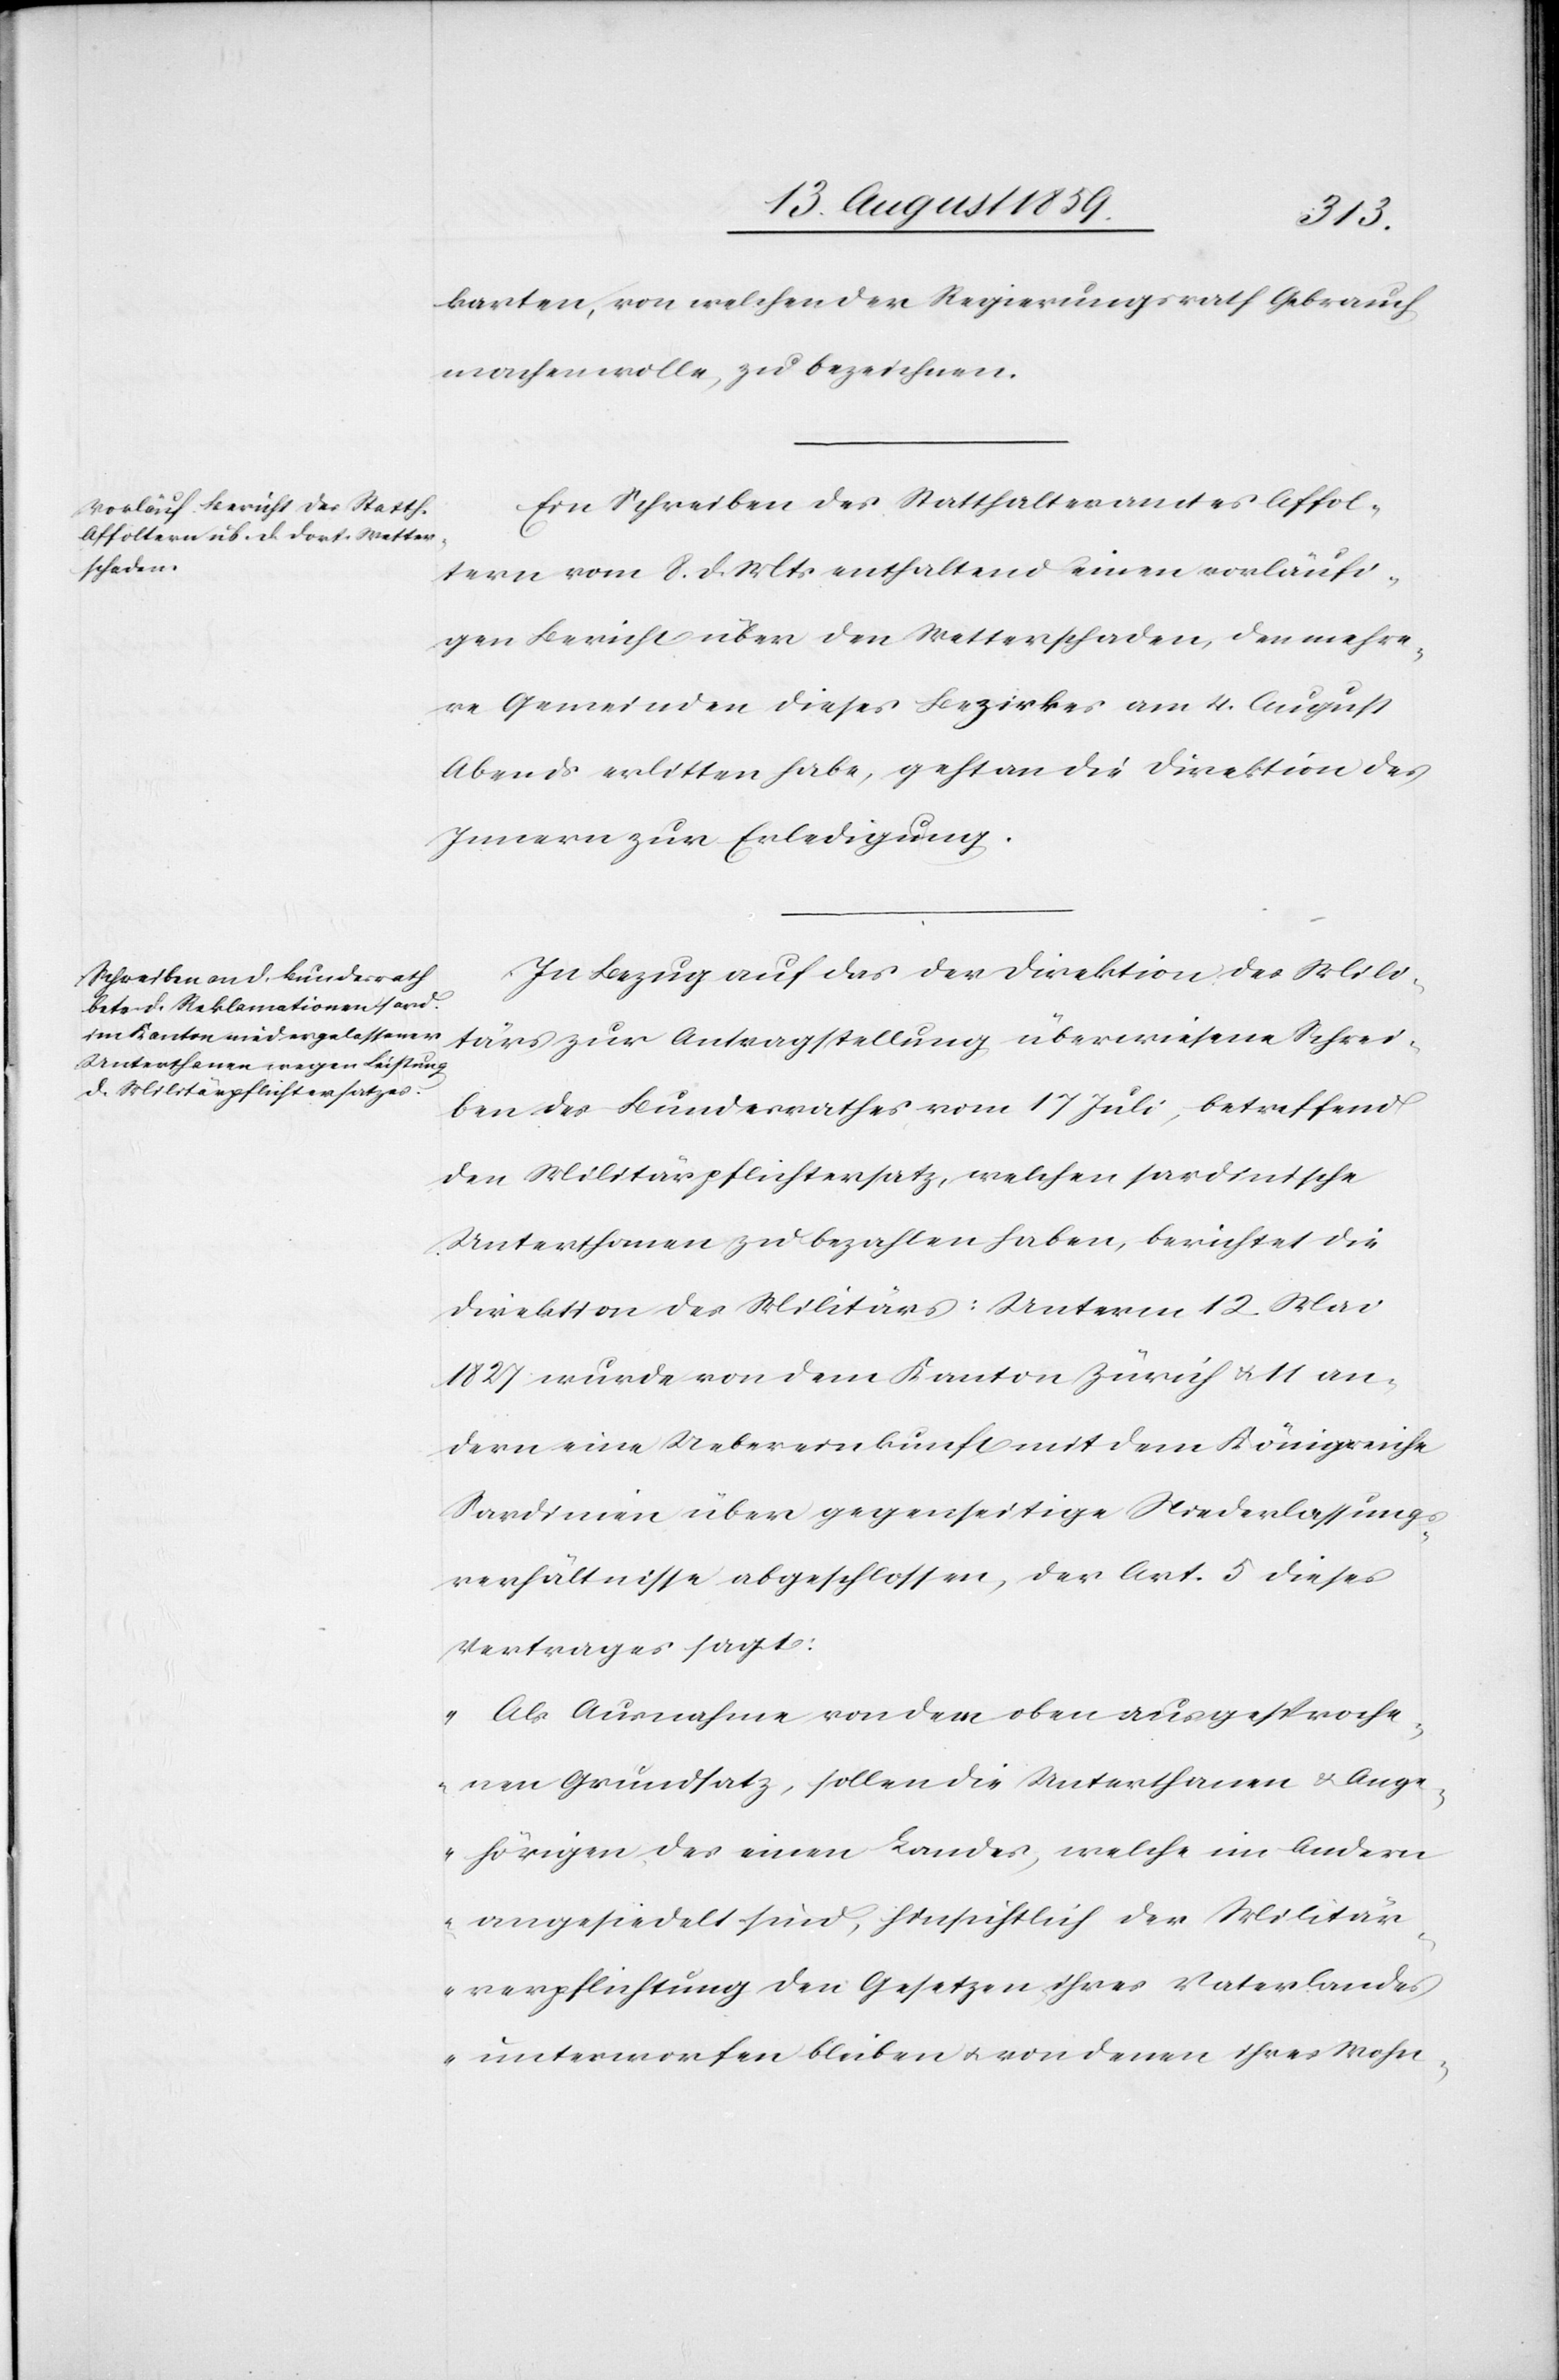
karten, von welchen der Regierungsrath Gebrauch
machen wolle, zu bezeichnen.
Ein Schreiben des Statthalteramtes Affol¬
tern vom 8. d. Mts. enthaltend einen vorläufi¬
gen Bericht über den Wetterschaden, den mehre¬
re Gemeinden dieses Bezirkes am 4. August
Abends erlitten habe, geht an die Direktion des
Innern zur Erledigung.
In Bezug auf das der Direktion des Mili¬
tärs zur Antragstellung überwiesene Schrei¬
ben des Bundesrathes vom 17 Juli, betreffend
den Militärpflichtersatz, welchen sardinische
Unterthanen zu bezahlen haben, berichtet die
Direktion des Militärs: Unterm 12. Mai
1827 wurde von dem Kanton Zürich u. 11 an¬
dern eine Uebereinkunft mit dem Königreiche
Sardinien über gegenseitige Niederlassungs¬
verhältnisse abgeschlossen, der Art. 5 dieses
Vertrages sagt:
„Als Ausnahme von dem oben ausgesproche¬
nen Grundsatz, sollen die Unterthanen u. Ange¬
hörigen des einen Landes, welche im Andern
angesiedelt sind, hinsichtlich der Militär¬
verpflichtung den Gesetzen ihres Vaterlandes
unterworfen bleiben u. von denen ihres Wohn-